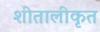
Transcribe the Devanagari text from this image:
शीतालीकृत